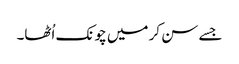
جسے سن کر میں چونک اُٹھا۔